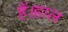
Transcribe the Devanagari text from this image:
हैं।हाल